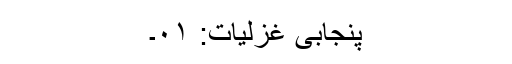
پنجابی غزلیات: ۰۱۔